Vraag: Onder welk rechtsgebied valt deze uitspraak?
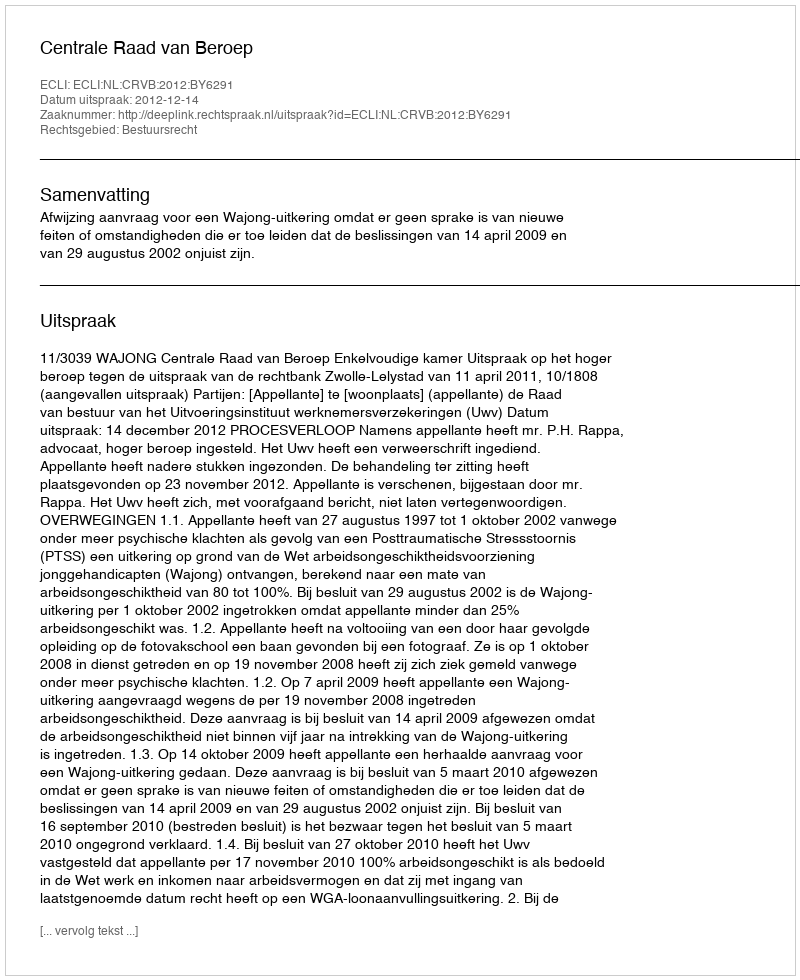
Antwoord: Bestuursrecht